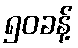
၅၀ခန့်